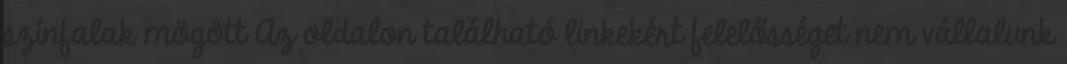
színfalak mögött Az oldalon található linkekért felelősséget nem vállalunk